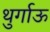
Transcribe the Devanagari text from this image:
थुर्गाऊ